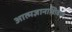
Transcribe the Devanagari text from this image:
आत्मज्ञानाशिवाय